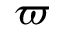
\varpi